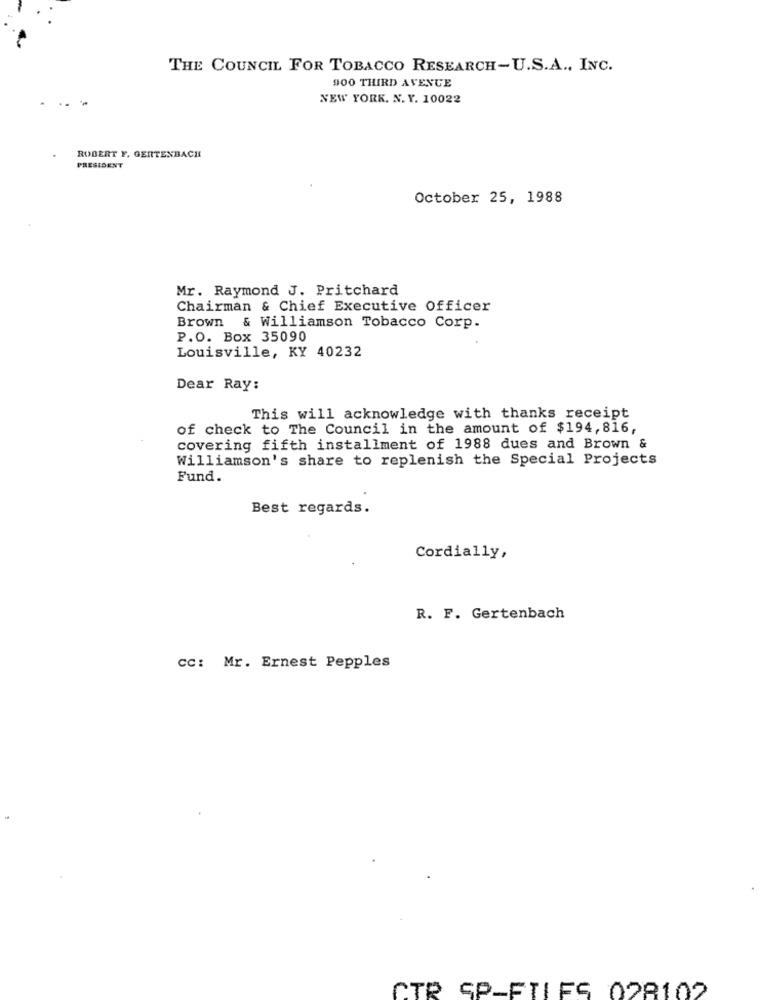
THE COUNCIL FOR TOBACCO RESEARCH-U.S.A ., INC.
900 THIRD AVENUE
NEW YORK. N. Y. 10022
ROBERT F. GERTENBACH
PRESIDENT
October 25, 1988
Mr. Raymond J. Pritchard
Chairman & Chief Executive Officer
Brown & Williamson Tobacco Corp.
P.O. Box 35090
Louisville, KY 40232
Dear Ray:
This will acknowledge with thanks receipt
of check to The Council in the amount of $194,816,
covering fifth installment of 1988 dues and Brown &
Williamson's share to replenish the Special Projects
Fund.
Best regards.
Cordially,
R. F. Gertenbach
CC: Mr. Ernest Pepples
CTR SP-FILES 028102